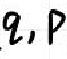
q, p